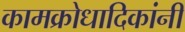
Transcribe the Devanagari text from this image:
कामक्रोधादिकांनीं